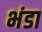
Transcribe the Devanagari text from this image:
भंडा